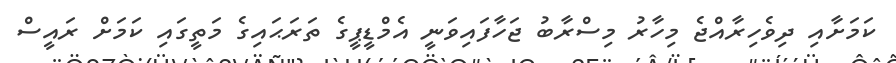
ކަމަށާއި ދިވެހިރާއްޖެ މިހާރު މިސްރާބު ޖަހާފައިވަނީ އެމްޑީޕީގެ ތަރަޙައިގެ މަތީގައި ކަމަށް ރައީސް